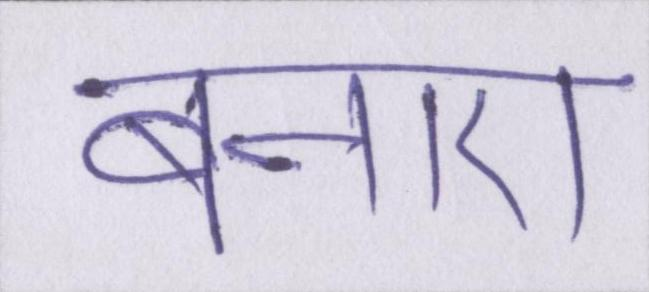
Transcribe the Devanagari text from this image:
बनाए